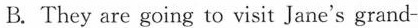
B. They are going to visit Jane's grand-